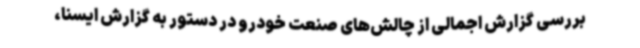
بررسی گزارش اجمالی از چالش‌های صنعت خودرو در دستور به گزارش ایسنا،